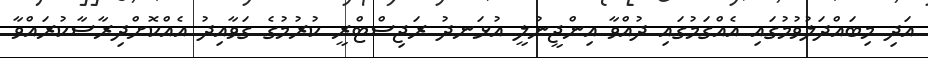
އަދި މިބައްދަލުވުމުގައި އެއްގަމުގައި ދުއްވާ އިންޖީނުލީ އުޅަނދު ރަޖިސްޓްރީ ކުރުމުގެ ގަވާއިދު އެއްކޮށްދިރާސާކުރައްވާ